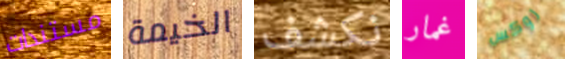
مستندات الخيمة نكشف غمار روكس